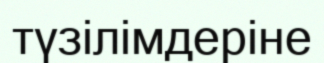
түзілімдеріне